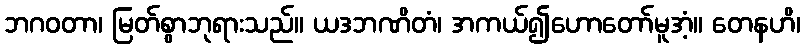
ဘဂဝတာ၊ မြတ်စွာဘုရားသည်။ ယဒဘဏိတံ၊ အကယ်၍ဟောတော်မူအံ့။ တေနဟိ၊